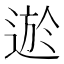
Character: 𨔆